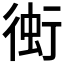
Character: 𧊔